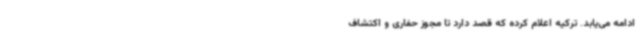
ادامه می‌یابد. ترکیه اعلام کرده که قصد دارد تا مجوز حفاری و اکتشاف